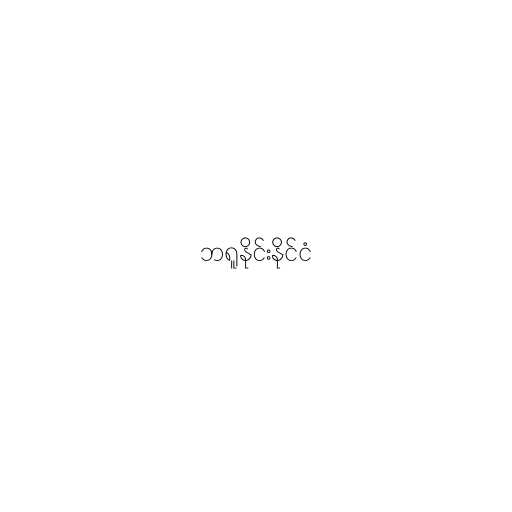
ဘရူနိုင်းနိုင်ငံ